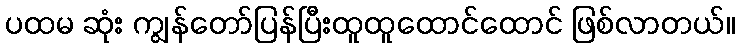
ပထမ ဆုံး ကျွန်တော်ပြန်ပြီးထူထူထောင်ထောင် ဖြစ်လာတယ်။